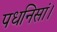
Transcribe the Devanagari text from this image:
पधनिसां।